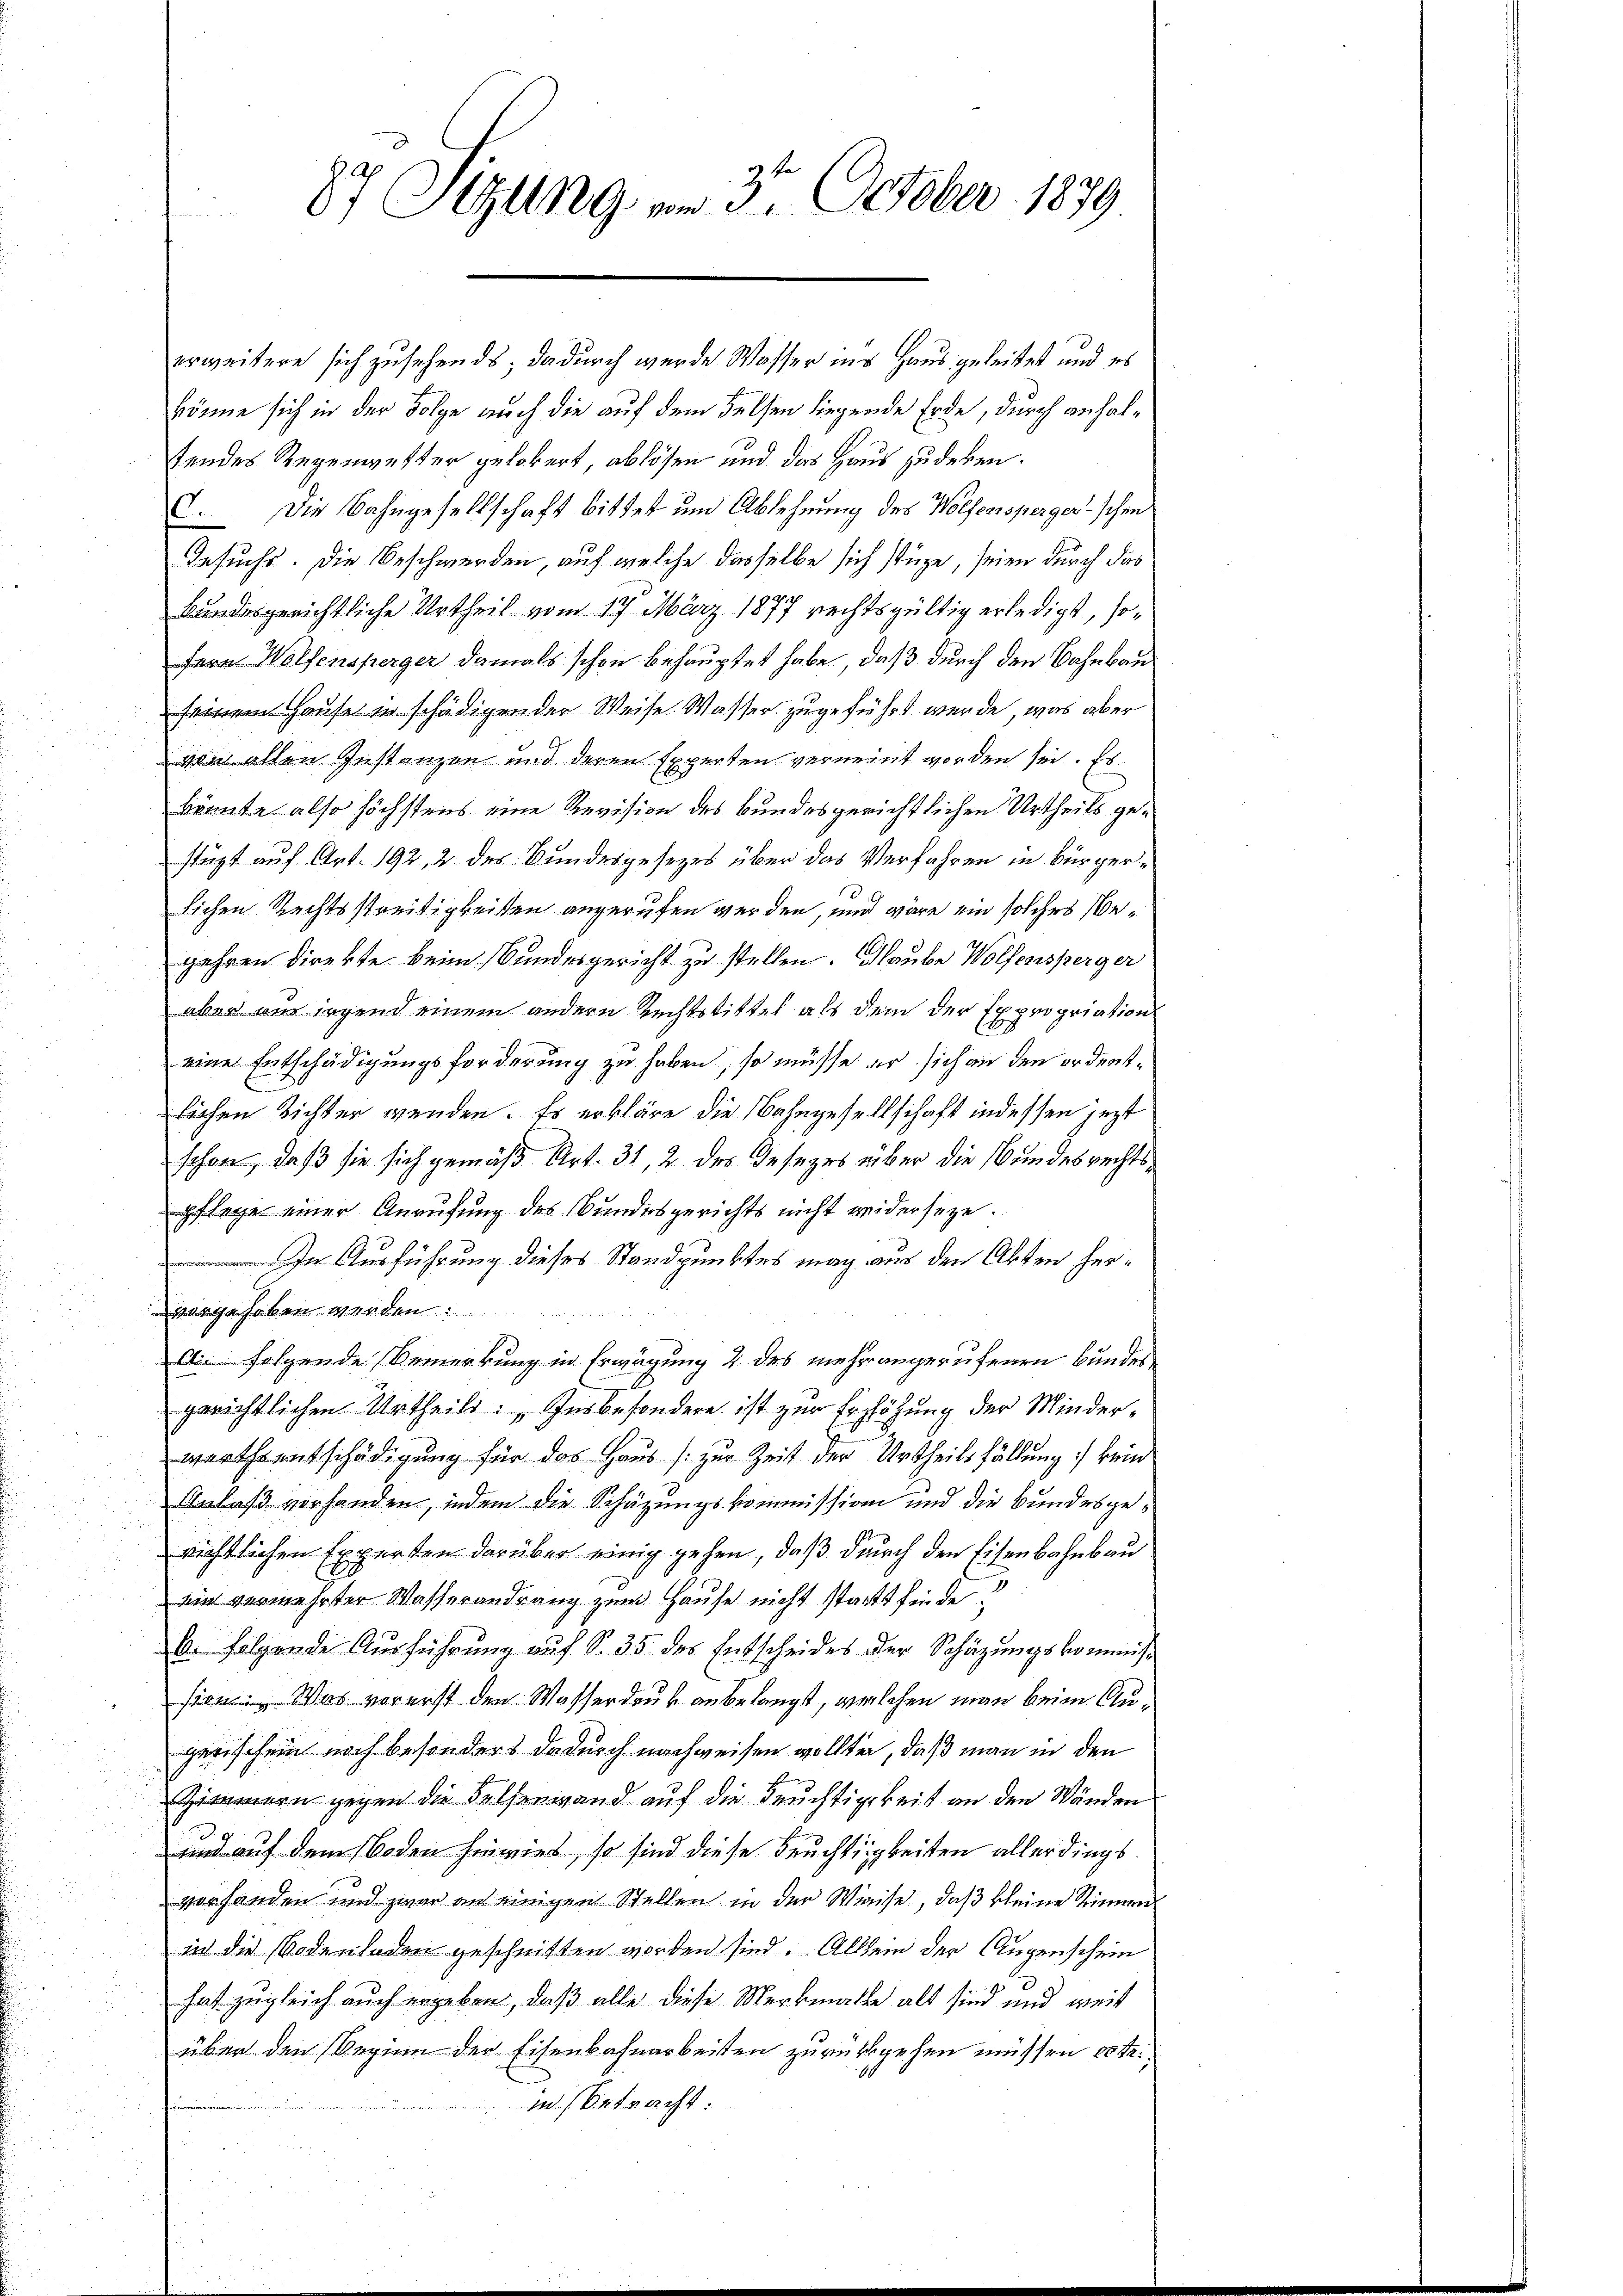
87 Sitzung am 3. October 1879

erweitere sich zusehends, dadurch wurde Wasser ins Haus geleitet und es
könne sich in der Folge auch die auf dem Felsen liegende Erde, durch anhaltendes Regenwetter gelobert, ablösen und das Haus zudeken.
C. Die Bahngesellschaft bittet um Ablehnung des Wolfensperger schen
Gesuchs. Die Beschwerden, auf welche dasselbe sich stüze, seien durch das
kundesgerichtliche Urtheil vom 17. März 1877 rechtsgültig erledigt, sofern Wolfensperger damals schon behauptet habe, daß durch den Bahnbauseinem Hause in schädigen der Weise. Wasser zugeführt werde, was aber
von allen Instanzen und deren Experten verneint worden sei. Es
könnte also höchstens eine Revision des bundesgerichtlichen Urtheils gestüzt auf Art. 192, 2 des Bundesgesezes über das Verfahren in Bürgerlichen Rechtsstreitigkeiten angerufen werden, und wäre ein solches Bejahren direkte beim Bundesgericht zu stellen. Glaube Wolfensperger
aber nur irgend einem andern Rechtstittel als dem der Expropriation
eine Entschädigungsforderung zu haben, so müsse er sich an den ordentlichen Richter wenden. Es erkläre die Bahngesellschaft indessen jezt
schon, daß sie sich gemäß Art. 31, 2 des Gesezes über die Bundesrechtspflege einer Anrufung des Bundesgerichts nicht widerseze.
In Ausführung dieses Standpunktes mag aus den Akten hervorgehoben werden.
d folgende Bemerkung in Erwägung 2 des mehr angerufenen Bundesgerichtlichen Urtheils. Insbesondere ist zur Erzlöhung der Minder-
werthentschädigung für das Haus zur Zeit der Urtheilsfällung kein
Anlaß vorhanden, indem die Schazungskommission und die Bundesgerichtlichen Experten darüber einig gehen, daß durch den Eisenbahnbau
ein vermehrter Wasserandrang zum Hause nicht statt finde.
B. folgende Ausführung auf S. 35 des Entscheides der Schäzungskommiss
 Was vorerst den Wasserdruck anbelangt, welchen man beim Augetischein noch besonders dadurch nachweisen wollten, daß man in den
Zimmern gegen die Belfenwand auf die Teuchtigkeit an den Wänden
und auf dem Boden hinwies, so sind diese Früchtigkeiten allerdings
vorhanden und zwar an einigen Stellen in der Weise, daß kleine Sinnen
in die Bodenladen geschnitten worden sind. Allein der Augenschein
hat zugleich auch ergeben, daß alle diese Merkmale alt sind und weit
über den Beginn der Eisenbahnarbeiten zurückgehen müssen erte.
m. Betracht: